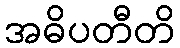
အဓိပတီတိ